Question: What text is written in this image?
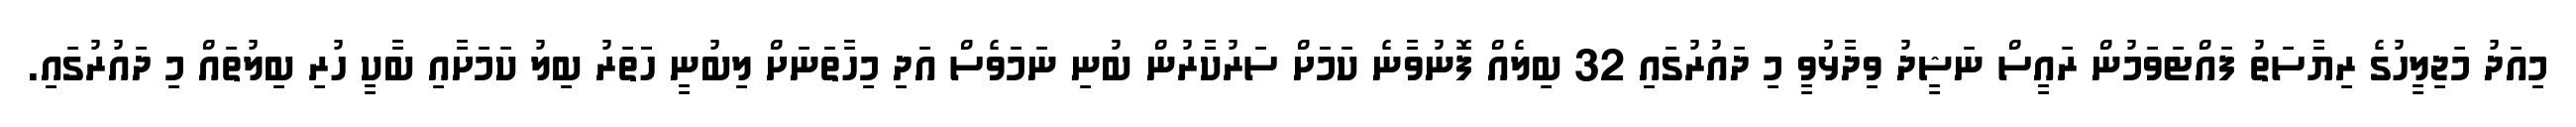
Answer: މިއަދު މަޖިލީހުގެ ރިޔާސަތު ފައްޓަވަމުން ރައީސް ނަޝީދު ވިދާޅުވީ މި ދައުރުގައި 32 ބިލެއް ފޮނުވާނެ ކަމަށް ސަރުކާރުން ބުނި ނަމަވެސް އަދި މިހާތަނަށް ލިބުނީ ހަަތަރު ބިލު ކަމަށާއި ބާކީ ހުރި ބިލުތައް މި ދައުރުގައި.